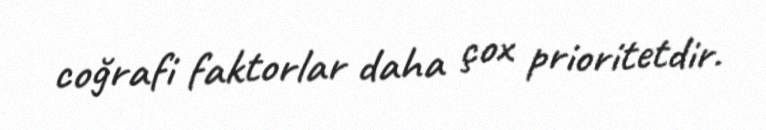
coğrafi faktorlar daha çox prioritetdir.